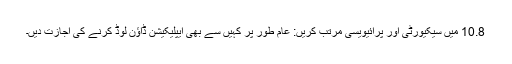
10.8 میں سیکیورٹی اور پرائیویسی مرتب کریں: عام طور پر کہیں سے بھی ایپلیکیشن ڈاؤن لوڈ کرنے کی اجازت دیں۔